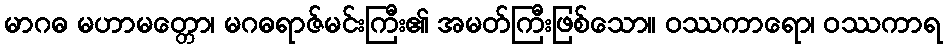
မာဂဓ မဟာမတ္တော၊ မဂဓရာဇ်မင်းကြီး၏ အမတ်ကြီးဖြစ်သော။ ဝဿကာရော၊ ဝဿကာရ